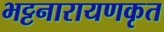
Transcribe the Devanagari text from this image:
भट्टनारायणकृत